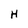
Character: H